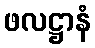
ဖလဋ္ဌာနံ